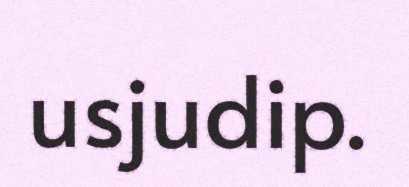
usjudip.